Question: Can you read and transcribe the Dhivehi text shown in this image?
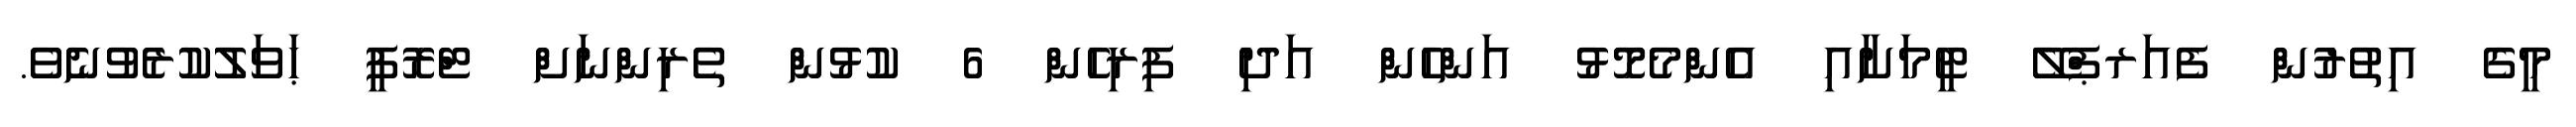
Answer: މީގެ އިތުރުން ފެއަރޕްލޭ ޓީމަށާއި އެންމެމޮޅު އަންހެން އަދި ފިރިހެން 6 ކުޅުން ތެރިންނަށް ޓްރޮފީ ޙަވަލުކުރެވުނެވެ.